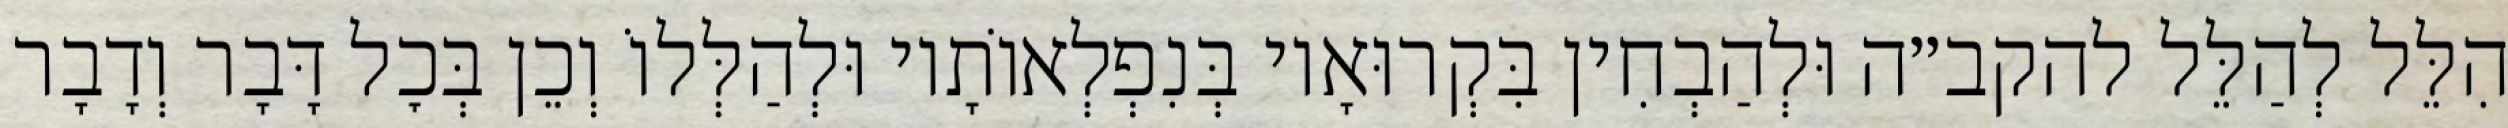
הִלֵּל לְהַלֵּל להקב״ה וּלְהַבְחִין בִּקְרוּאָיו בְּנִפְלְאוֹתָיו וּלְהַלְּלוֹ וְכֵן בְּכׇל דָּבָר וְדָבָר